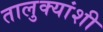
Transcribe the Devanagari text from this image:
तालुक्यांशी